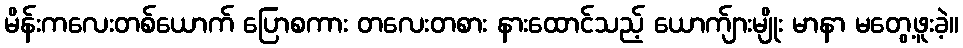
မိန်းကလေးတစ်ယောက် ပြောစကား တလေးတစား နားထောင်သည့် ယောက်ျားမျိုး မာနာ မတွေ့ဖူးခဲ့။